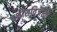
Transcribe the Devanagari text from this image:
बक्षीसविजेत्या